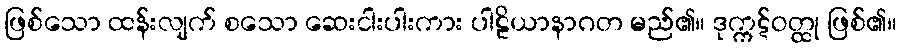
ဖြစ်သော ထန်းလျက် စသော ဆေးငါးပါးကား ပါဠိယာနာဂတ မည်၏။ ဒုက္ကဋ်ဝတ္ထု ဖြစ်၏။